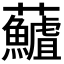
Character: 𮓖